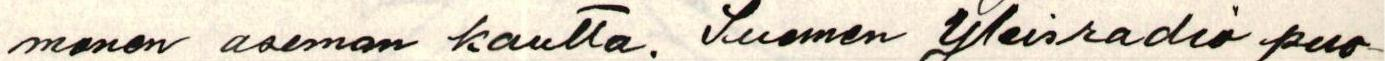
monen aseman kautta. Suomen Yleisradio puo-